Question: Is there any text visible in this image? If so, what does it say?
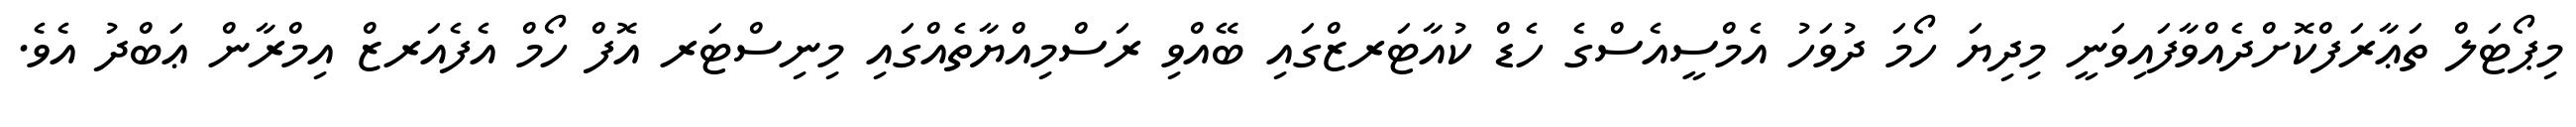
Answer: މިޕޯޓަލް ތަޢާރަފްކޮށްދެއްވާފައިވަނީ މިދިޔަ ހޯމަ ދުވަހު އެމްސީއެސްގެ ހެޑް ކުއާޓަރޒްގައި ބޭއްވި ރަސްމިއްޔާތެއްގައި މިނިސްޓަރ އޮފް ހޯމް އެފެއަރޒް އިމްރާން ޢަބްދު އެވެ.